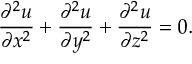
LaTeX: { \frac { \partial ^ { 2 } u } { \partial x ^ { 2 } } } + { \frac { \partial ^ { 2 } u } { \partial y ^ { 2 } } } + { \frac { \partial ^ { 2 } u } { \partial z ^ { 2 } } } = 0 .